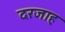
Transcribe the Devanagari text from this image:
दरजाह